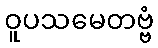
ဝူပသမေတဗ္ဗံ